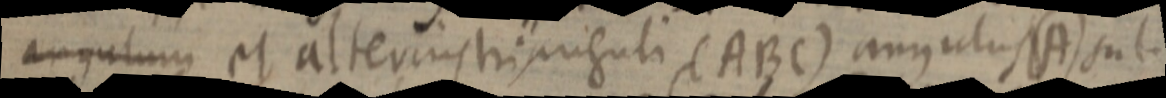
angulum et alterius trianguli (ABC) angulus (A) sub